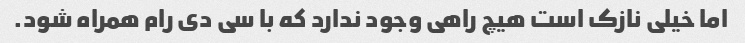
اما خیلی نازک است هیچ راهی وجود ندارد که با سی دی رام همراه شود.